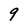
Character: 9